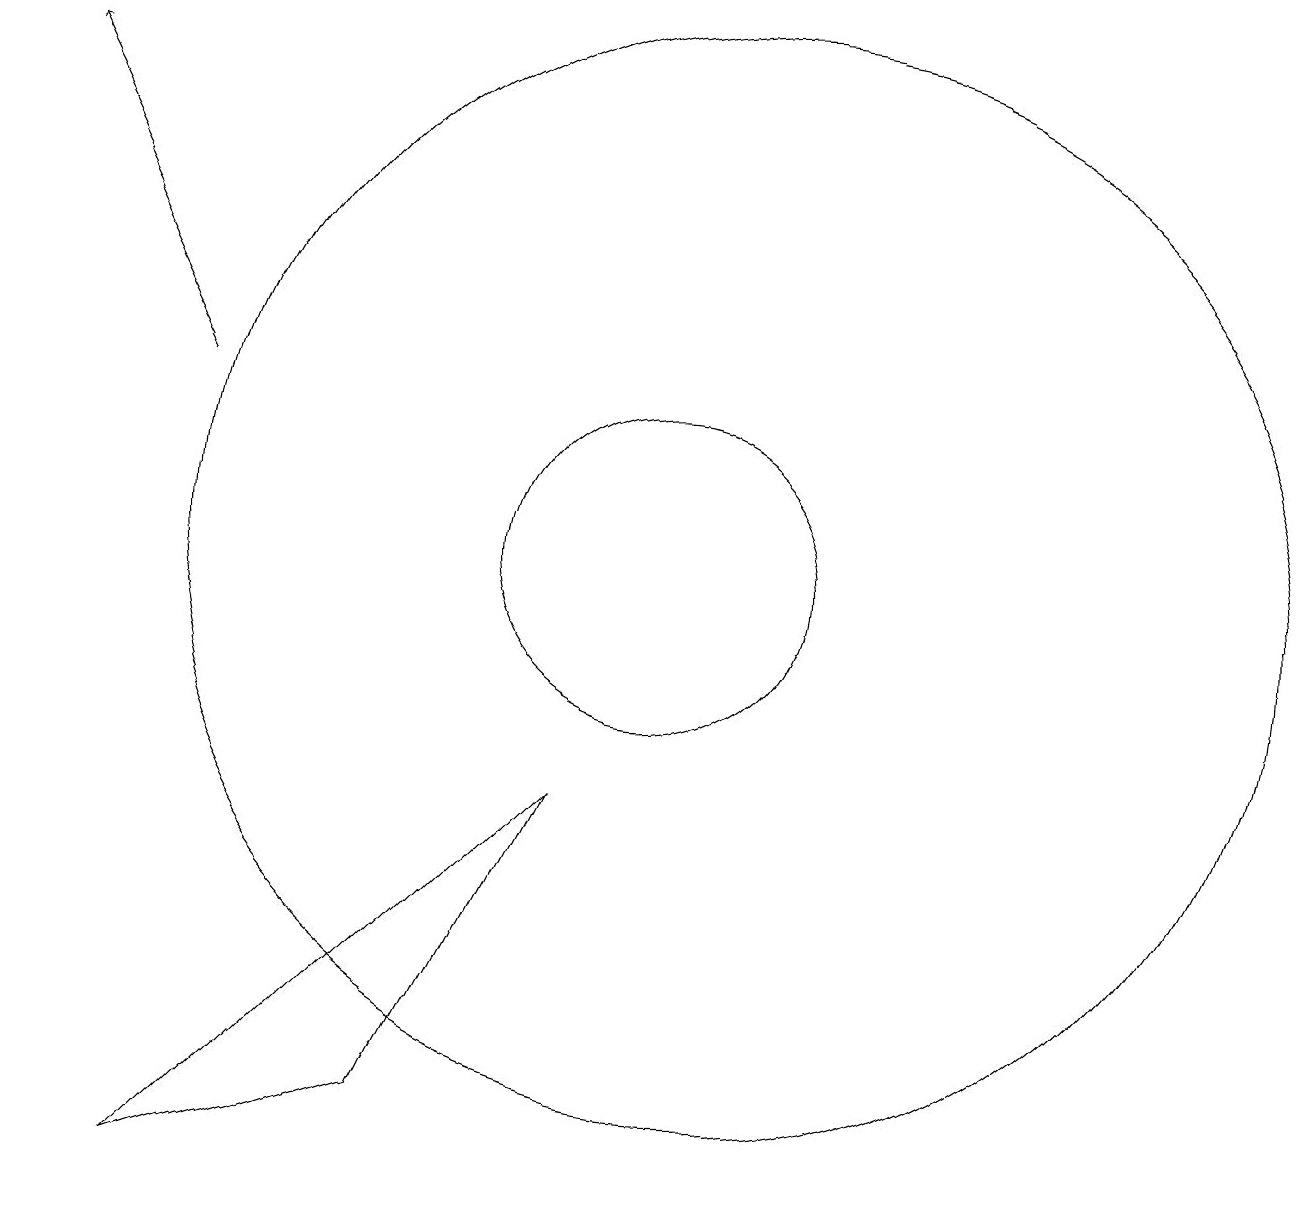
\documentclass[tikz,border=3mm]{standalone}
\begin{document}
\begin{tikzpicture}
\draw (11,10) circle (7);
\draw (7,3) -- (4,2) -- (9,7) -- cycle;
\draw (10,10) circle (2);
\draw[->] (4,12) -- (2,16);
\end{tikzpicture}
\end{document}